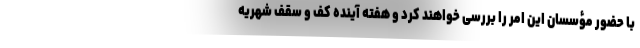
با حضور مؤسسان این امر را بررسی خواهند کرد و هفته آینده کف و سقف شهریه